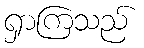
ရှာကြသည်